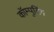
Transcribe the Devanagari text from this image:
कॉम्पुटिंग